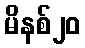
မိနစ်၂၀